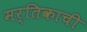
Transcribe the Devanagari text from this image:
मर्तिकाची